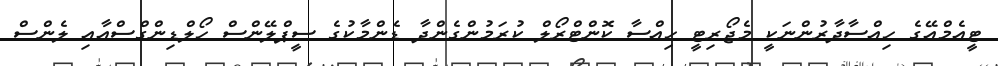
ޓީއެމްއޭގެ ހިއްސާދާރުންނަކީ މެޖޯރިޓީ ހިއްސާ ކޮންޓްރޯލް ކުރަމުންގެންދާ ޑެންމާކުގެ ސީޕްލޭންސް ހޯލްޑިންގްސްއާއި ލެންސް